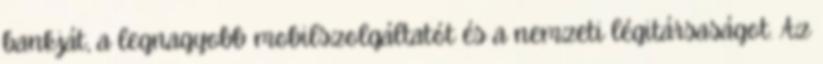
bankját, a legnagyobb mobilszolgáltatót és a nemzeti légitársaságot. Az